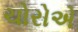
ચોરોએ